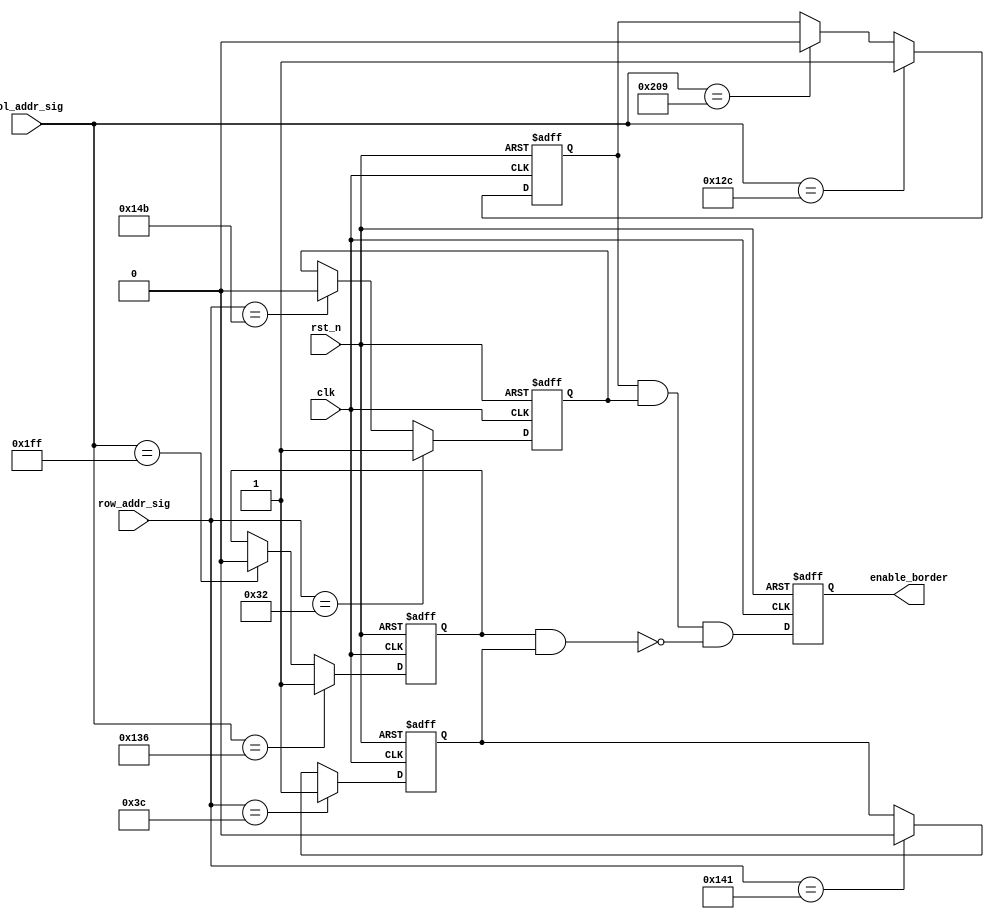
module enable_border_module
( clk, rst_n, col_addr_sig, row_addr_sig, 
  enable_border
);
input clk;
input rst_n;
input [10:0] col_addr_sig;
input [10:0] row_addr_sig;
output enable_border;

/**************************************************/

parameter h_start = 11'd300;
parameter v_start = 11'd50;
parameter border_width = 11'd10;

/**************************************************/

reg out_h;
reg out_v;
reg in_h;
reg in_v;
reg enable_border_r;

/**************************************************/

always @ ( posedge clk or negedge rst_n )
  begin
    if( !rst_n )
      out_h <= 1'b0;
    else if( col_addr_sig == h_start ) 
      out_h <= 1'b1;
    else if( col_addr_sig == h_start + 11'd221 )
      out_h <= 1'b0;
    else 
      out_h <= out_h;
  end
  
always @ ( posedge clk or negedge rst_n )
  begin 
    if( !rst_n )
      out_v <= 1'b0;
    else if( row_addr_sig == v_start )
      out_v <= 1'b1;
    else if( row_addr_sig == v_start + 11'd281 ) 
      out_v <= 1'b0;
    else 
      out_v <= out_v;
  end
  
/**************************************************/

always @ ( posedge clk or negedge rst_n )
  begin
    if( !rst_n )
      in_h <= 1'b0;
    else if( col_addr_sig == h_start + border_width ) 
      in_h <= 1'b1;
    else if( col_addr_sig == h_start + 11'd211 )
      in_h <= 1'b0;
    else 
      in_h <= in_h;
  end
  
always @ ( posedge clk or negedge rst_n )
  begin 
    if( !rst_n )
      in_v <= 1'b0;
    else if( row_addr_sig == v_start + border_width )
      in_v <= 1'b1;
    else if( row_addr_sig == v_start + 11'd271 ) 
      in_v <= 1'b0;
    else 
      in_v <= in_v;
  end
  
/**************************************************/

always @ ( posedge clk or negedge rst_n )
  begin 
    if( !rst_n )
      enable_border_r <= 1'b0;
    else 
      enable_border_r <= ( out_h && out_v ) && ( !( in_h && in_v ) );
  end
  
/**************************************************/

assign enable_border = enable_border_r;

/**************************************************/

endmodule